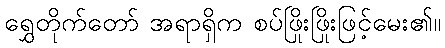
ရွှေတိုက်တော် အရာရှိက စပ်ဖြိုးဖြိုးဖြင့်မေး၏။